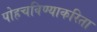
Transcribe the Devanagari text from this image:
पोहचविण्याकरिता